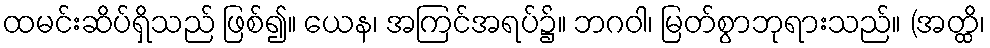
ထမင်းဆိပ်ရှိသည် ဖြစ်၍။ ယေန၊ အကြင်အရပ်၌။ ဘဂဝါ၊ မြတ်စွာဘုရားသည်။ (အတ္ထိ၊